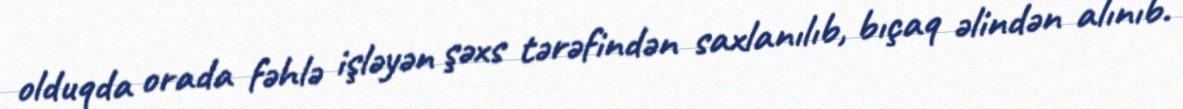
olduqda orada fəhlə işləyən şəxs tərəfindən saxlanılıb, bıçaq əlindən alınıb.